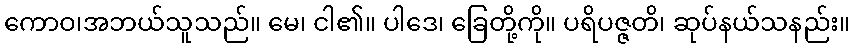
ကောဝ၊အဘယ်သူသည်။ မေ၊ ငါ၏။ ပါဒေ၊ ခြေတို့ကို။ ပရိပဇ္ဇတိ၊ ဆုပ်နယ်သနည်း။